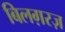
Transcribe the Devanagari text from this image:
बिलग़रज़